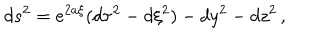
d s ^ { 2 } = e ^ { 2 a \xi } ( d \tau ^ { 2 } - d \xi ^ { 2 } ) - d y ^ { 2 } - d z ^ { 2 } \, ,